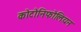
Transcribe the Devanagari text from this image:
कोटोनिफोलियन